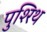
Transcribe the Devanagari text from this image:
पुश्‍रिथ